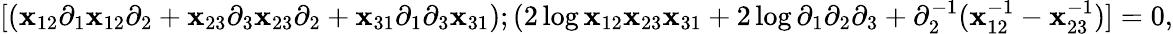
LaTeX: [(\mathbf{x}_{12}\partial_{1}\mathbf{x}_{12}\partial_{2}+\mathbf{x}_{23}\partial_{3}\mathbf{x}_{23}\partial_{2}+\mathbf{x}_{31}\partial_{1}\partial_{3}\mathbf{x}_{31});(2\log\mathbf{x}_{12}\mathbf{x}_{23}\mathbf{x}_{31}+2\log\partial_{1}\partial_{2}\partial_{3}+\partial_{2}^{-1}(\mathbf{x}_{12}^{-1}-\mathbf{x}_{23}^{-1})]=0,